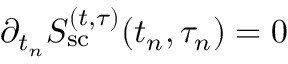
{ \partial _ { t _ { n } } S _ { \mathrm { s c } } ^ { ( t , \tau ) } ( t _ { n } , \tau _ { n } ) } = 0